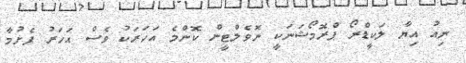
ނިއު އިޔާ ލަކީޑްރޯ ޕްރޮމޯޝަނަކީ ނޮވެލްޓީން ކޮންމެ އަހަރަކު ވެސް އަހަރު ފެށުމާ